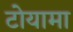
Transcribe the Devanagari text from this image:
टोयामा